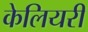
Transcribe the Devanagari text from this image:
केलियरी